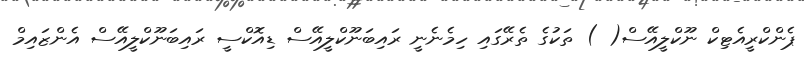
ޕެންކްރީއެޓިކް ނޫކްލީއޭސް( ) ތަކުގެ ތެރޭގައި ހިމެނެނީ ރައިބަނޫކްލީއޭސް ޑިއޮކްސީ ރައިބަނޫކްލީއޭސް އެންޒައިމް